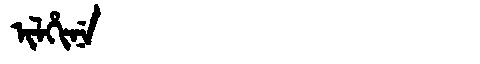
Manchu: ᡳᠯᡥᡳᠨᡝ
Romanization: ILHINE